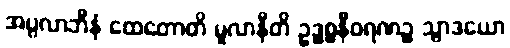
အပ္ပလာဘီနံ ထေတောတိ မူလာနီတိ ဥဒ္ဓစ္စနီဝရဏဉ္စ သွာဒယော